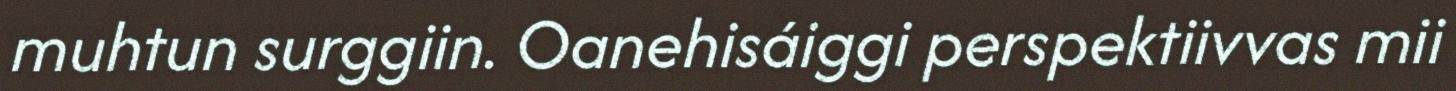
muhtun surggiin. Oanehisáiggi perspektiivvas mii